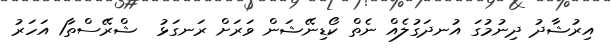
އިރުޝާދު ދިނުމުގަ އުނދަގުލެއް ނެތް ކޯޑިނޭޝަން ވަރަށް ރަނގަޅު  ޝްރޭސްތާ1 އަހަރު